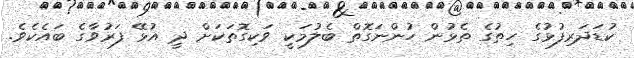
ކުޑަދަރިފުޅުގެ ހިތުގެ ތެޅުން ހުންނަގޮތް ބެލުމަކީ ވަކިގޮތަކަށް ދީ އުޅޭ ފަރުވާގެ ބައެކެވެ.